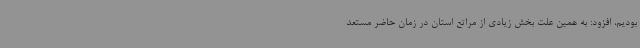
بودیم، افزود: به همین علت بخش زیادی از مراتع استان در زمان حاضر مستعد